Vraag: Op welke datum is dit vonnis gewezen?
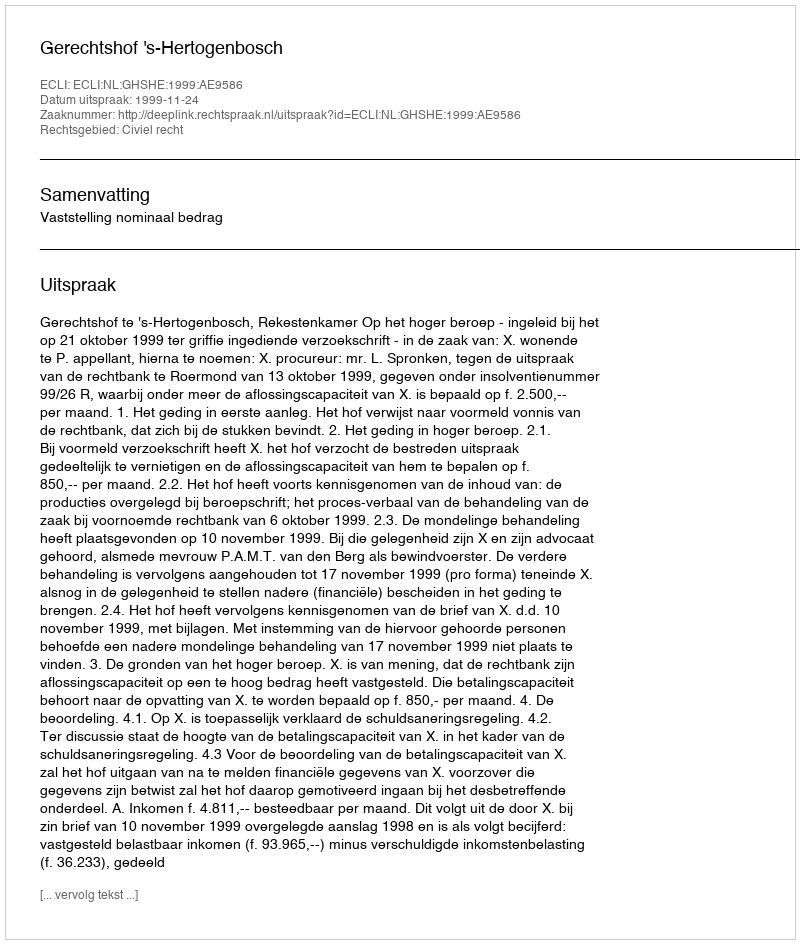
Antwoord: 1999-11-24